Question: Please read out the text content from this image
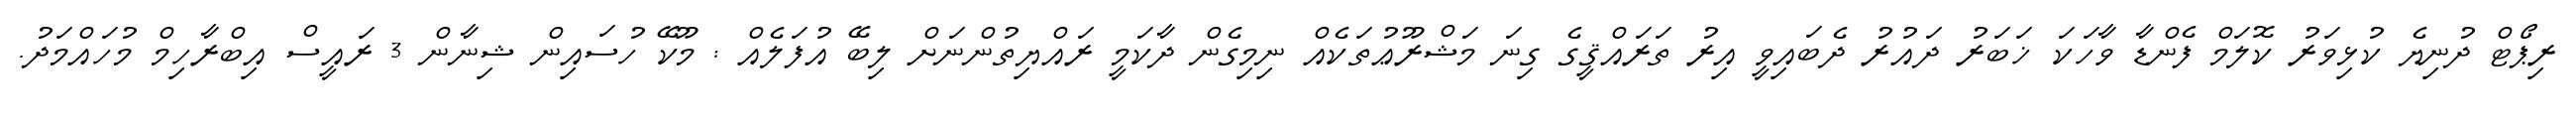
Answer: ރިޕޯޓް ދުނިޔެ ކުޅިވަރު ކޮލަމް ފެންޑާ ވާހަކަ ޚަބަރު ދައުރު ދެބައިވީ އިރު ތަރައްޤީގެ ގިނަ މަޝްރޫޢުތަކެއް ނިމިގެން ދާކަމީ ރައްޔިތުންނަށް ލިބޭ އުފަލެއް : މޫކޭ ހުސައިން ޝިނާން 3 ރައީސް އިބްރާހިމް މުހައްމަދު.